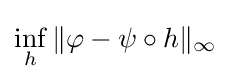
\inf _{h}\|\varphi -\psi \circ h\|_{\infty }\